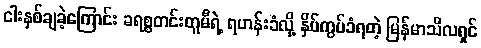
ငါးနှစ်ချခဲ့ကြောင်း ခရစ္စတင်းတူမီရဲ့ ရဟန်းခံလို့ နှိပ်ကွပ်ခံရတဲ့ မြန်မာသီလရှင်